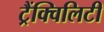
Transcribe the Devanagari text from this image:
ट्रैंक्विलिटी